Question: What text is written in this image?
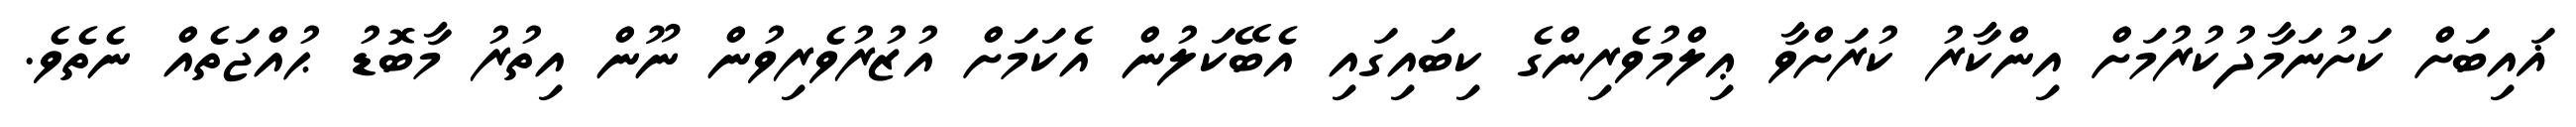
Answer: ޣައިބަށް ކަށުނަމާދުކުރުމަށް އިންކާރު ކުރަށްވާ ޢިލްމުވެރިންގެ ކިބައިގައި އެބޭކަލުން އެކަމަށް އުޒުރުވެރިވުން ނޫން އިތުރު މާބޮޑު ޙުއްޖަތެއް ނެތެވެ.